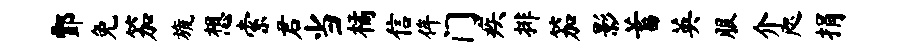
酆免笳旒想索君当橘信侔门疾排笳影蓄英服介咫捐